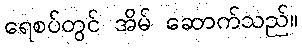
ရေစပ်တွင် အိမ် ဆောက်သည်။